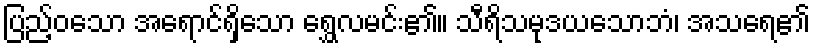
ပြည့်ဝသော အရောင်ရှိသော ရွှေလမင်း၏။ သီရိသမုဒယသောဘံ၊ အသရေ၏